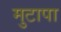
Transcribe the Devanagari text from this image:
मुटापा